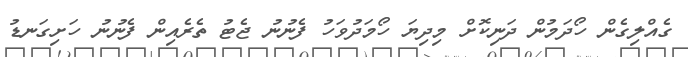
ގެއްލިގެން ހޯދަމުން ދަނިކޮށް މިދިޔަ ހޯމަދުވަހު ފެނުނު ޖެޓު ތެރެއިން ފެނުނު ހަށިގަނޑު